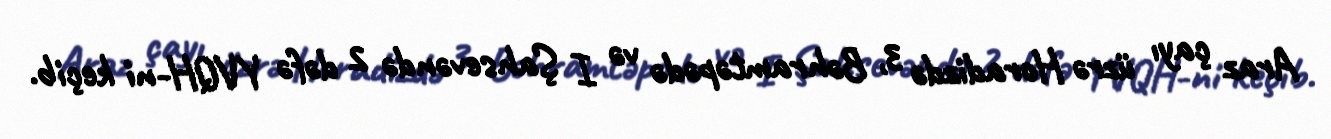
Araz çayı üzrə Horadizdə 3, Bəhramtəpədə və I Şahsevəndə 2 dəfə YVQH-ni keçib.